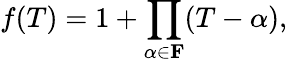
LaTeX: f(T)=1+\prod_{\alpha\in\mathbf{F}}(T-\alpha),